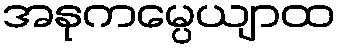
အနုကမ္ပေယျာထ